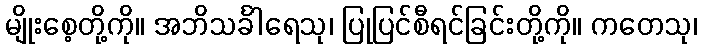
မျိုးစေ့တို့ကို။ အဘိသင်္ခါရေသု၊ ပြုပြင်စီရင်ခြင်းတို့ကို။ ကတေသု၊